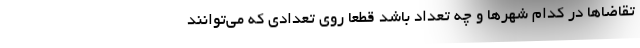
تقاضاها در کدام شهرها و چه تعداد باشد قطعا روی تعدادی که می‌توانند